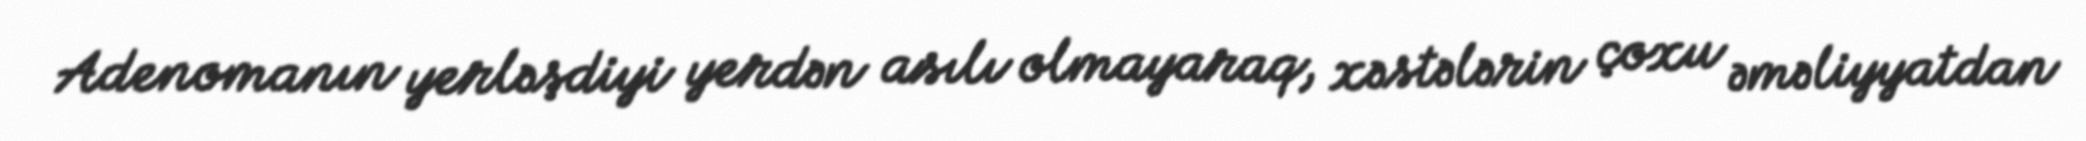
Adenomanın yerləşdiyi yerdən asılı olmayaraq, xəstələrin çoxu əməliyyatdan